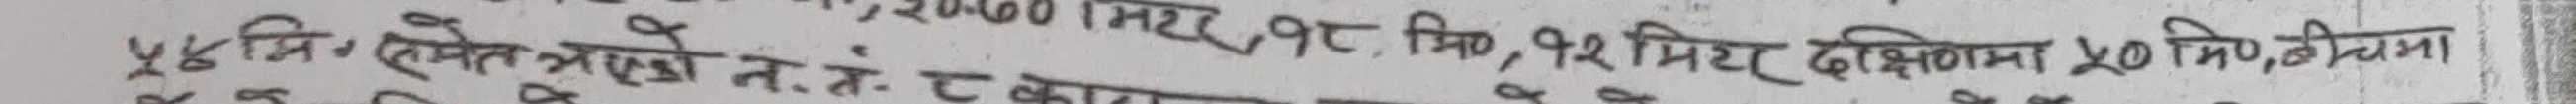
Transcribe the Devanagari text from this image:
५४ मि० समेत भएको न.नं. ८ कार
मिरर, १८, मि०, १२ मिटर दक्षिणमा ५० मि०, बीचमा